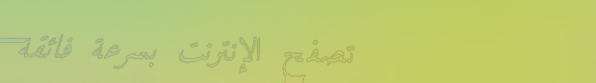
تصفح الإنترنت بسرعة فائقة